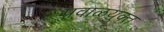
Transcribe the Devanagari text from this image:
प्रवाळयुक्त